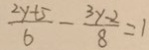
\frac { 2 y + 5 } { 6 } - \frac { 3 y - 2 } { 8 } = 1